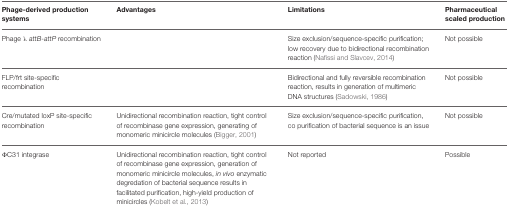
| Phage-derived production systems | Advantages | Limitations | Pharmaceutical scaled production |
 | --- | --- | --- | --- |
 | Phage λ attB-attP recombination |  | Size exclusion/sequence-specific purification; low recovery due to bidirectional recombination reaction(Nafissi and Slavcev, 2014) | Not possible |
 | FLP/frt site-specific recombination |  | Bidirectional and fully reversible recombination reaction, results in generation of multimeric DNA structures (Sadowski, 1986) | Not possible |
 | Cre/mutated loxP site-specific recombination | Unidirectional recombination reaction, tight control of recombinase gene expression, generating of monomeric minicircle molecules (Bigger, 2001) | Size exclusion/sequence-specific purification, co purification of bacterial sequence is an issue | Not possible |
 | ΦC31 integrase | Unidirectional recombination reaction, tight control of recombinase gene expression, generation of monomeric minicircle molecules, in vivo enzymatic degredation of bacterial sequence results in facilitated purification, high-yield production of minicircles (Kobelt et al., 2013) | Not reported | Possible |